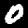
Label: 0